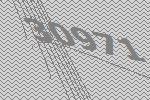
30971